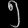
Digit: ၅